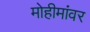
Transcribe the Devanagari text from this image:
मोहीमांवर